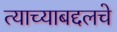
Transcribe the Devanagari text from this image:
त्याच्याबद्दलचे